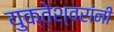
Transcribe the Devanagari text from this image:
युक्तेश्वरांनी